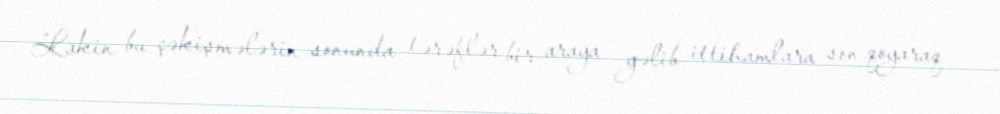
Lakin bu çəkişmələrin sonunda tərəflər bir araya gəlib ittihamlara son qoyaraq